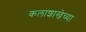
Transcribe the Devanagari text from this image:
कलाशाखेच्या